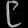
Digit: ၉